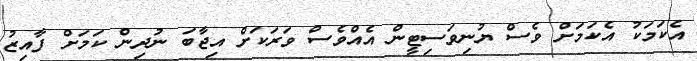
އެކަމަކު އެކަމަށް ވެސް ޔުނިވަސިޓީން އެއްވެސް ވަރަކަށް އިޖާބަ ނުދިން ކަމަށް ފާއިޒު